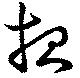
報